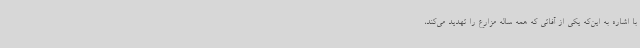
با اشاره به این‌که یکی از آفاتی که همه ساله مزارع را تهدید می‌کند،